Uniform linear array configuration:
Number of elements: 24
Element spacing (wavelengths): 0.25
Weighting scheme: binomial
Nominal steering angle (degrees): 45
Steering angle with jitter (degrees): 46.837
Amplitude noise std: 0.05
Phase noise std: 0.05

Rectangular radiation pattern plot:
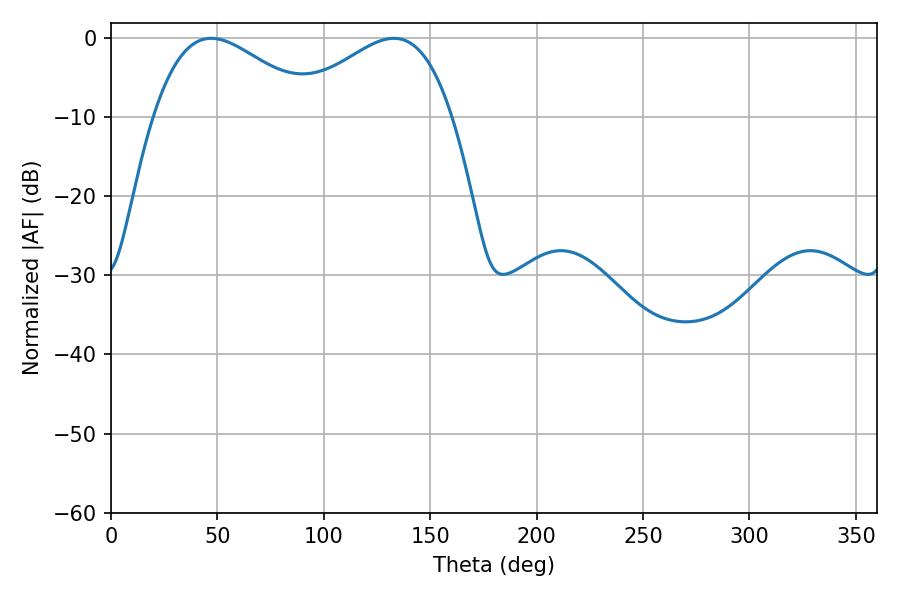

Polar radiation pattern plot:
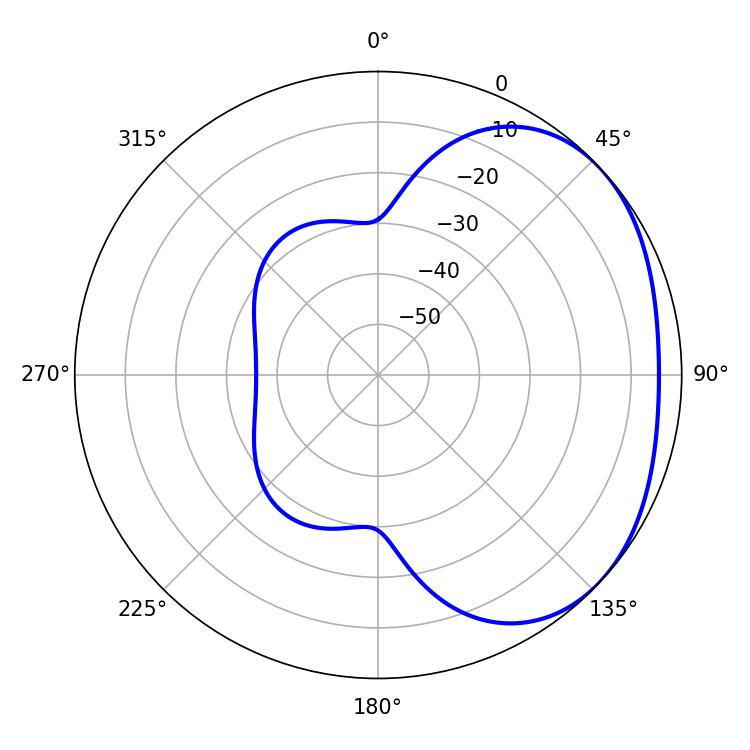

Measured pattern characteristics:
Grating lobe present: FALSE
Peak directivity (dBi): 2.356
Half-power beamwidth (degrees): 41.04
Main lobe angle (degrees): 47.16